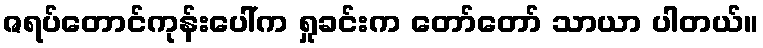
ဇရပ်တောင်ကုန်းပေါ်က ရှုခင်းက တော်တော် သာယာ ပါတယ်။